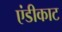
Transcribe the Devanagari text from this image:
एंडीकाट